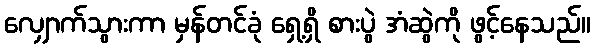
လျှောက်သွားကာ မှန်တင်ခုံ ရှေ့ရှိ စားပွဲ အံဆွဲကို ဖွင့်နေသည်။